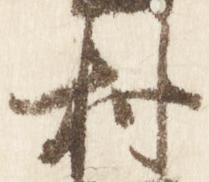
村